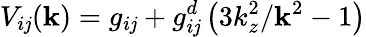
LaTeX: V_{i\mathit{j}}(\mathbf{{k}})=g_{i\mathit{j}}+g_{i\mathit{j}}^{d}\left(3k_{z}^{2}/\mathbf{{k}}^{2}-1\right)